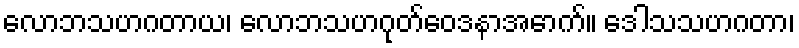
လောဘသဟဂတာယ၊ လောဘသဟဂုတ်ဝေဒနာအောက်။ ဒေါသသဟဂတာ၊